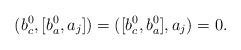
LaTeX: \begin{align*}(b_c^0,[b_a^0,a_j])=([b_c^0,b_a^0],a_j)=0.\end{align*}